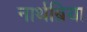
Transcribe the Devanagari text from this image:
नार्थब्रिया